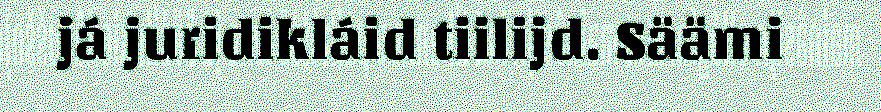
já juridikláid tiilijd. Säämi